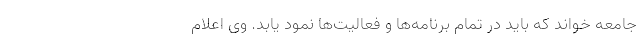
جامعه خواند که باید در تمام برنامه‌ها و فعالیت‌ها نمود یابد. وی اعلام